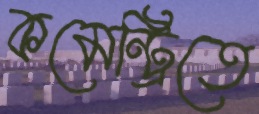
কমেন্ট্রিতে